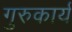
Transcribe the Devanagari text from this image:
गुरुकार्य